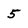
Character: 5